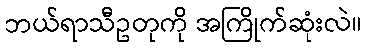
ဘယ်ရာသီဥတုကို အကြိုက်ဆုံးလဲ။